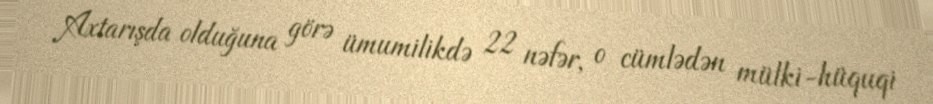
Axtarışda olduğuna görə ümumilikdə 22 nəfər, o cümlədən mülki-hüquqi